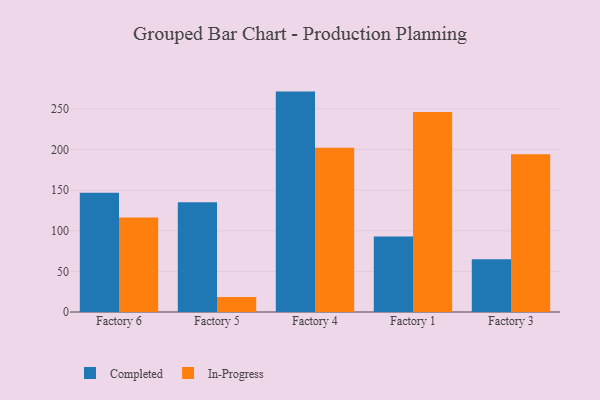
{"axis": {"x": "Factory", "y": "Market Share (%)"}, "legend": ["Completed", "In-Progress"], "data": [{"x": "Factory 6", "y": 146.8, "type": "Completed"}, {"x": "Factory 6", "y": 116.5, "type": "In-Progress"}, {"x": "Factory 5", "y": 135.2, "type": "Completed"}, {"x": "Factory 5", "y": 18.6, "type": "In-Progress"}, {"x": "Factory 4", "y": 271.4, "type": "Completed"}, {"x": "Factory 4", "y": 202.2, "type": "In-Progress"}, {"x": "Factory 1", "y": 93.1, "type": "Completed"}, {"x": "Factory 1", "y": 246.4, "type": "In-Progress"}, {"x": "Factory 3", "y": 65.1, "type": "Completed"}, {"x": "Factory 3", "y": 194.3, "type": "In-Progress"}]}